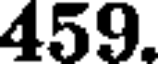
459.